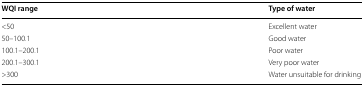
| WQI range | Type of water |
 | --- | --- |
 | <50 | Excellent water |
 | 50–100.1 | Good water |
 | 100.1–200.1 | Poor water |
 | 200.1–300.1 | Very poor water |
 | >300 | Water unsuitable for drinking |